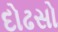
દોઢસો